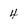
Character: 4